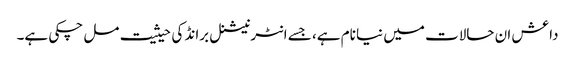
داعش ان حالات میں نیا نام ہے، جسے انٹرنیشنل برانڈ کی حیثیت مل چکی ہے۔